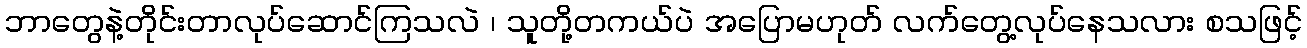
ဘာတွေနဲ့တိုင်းတာလုပ်ဆောင်ကြသလဲ ၊ သူတို့တကယ်ပဲ အပြောမဟုတ် လက်တွေ့လုပ်နေသလား စသဖြင့်